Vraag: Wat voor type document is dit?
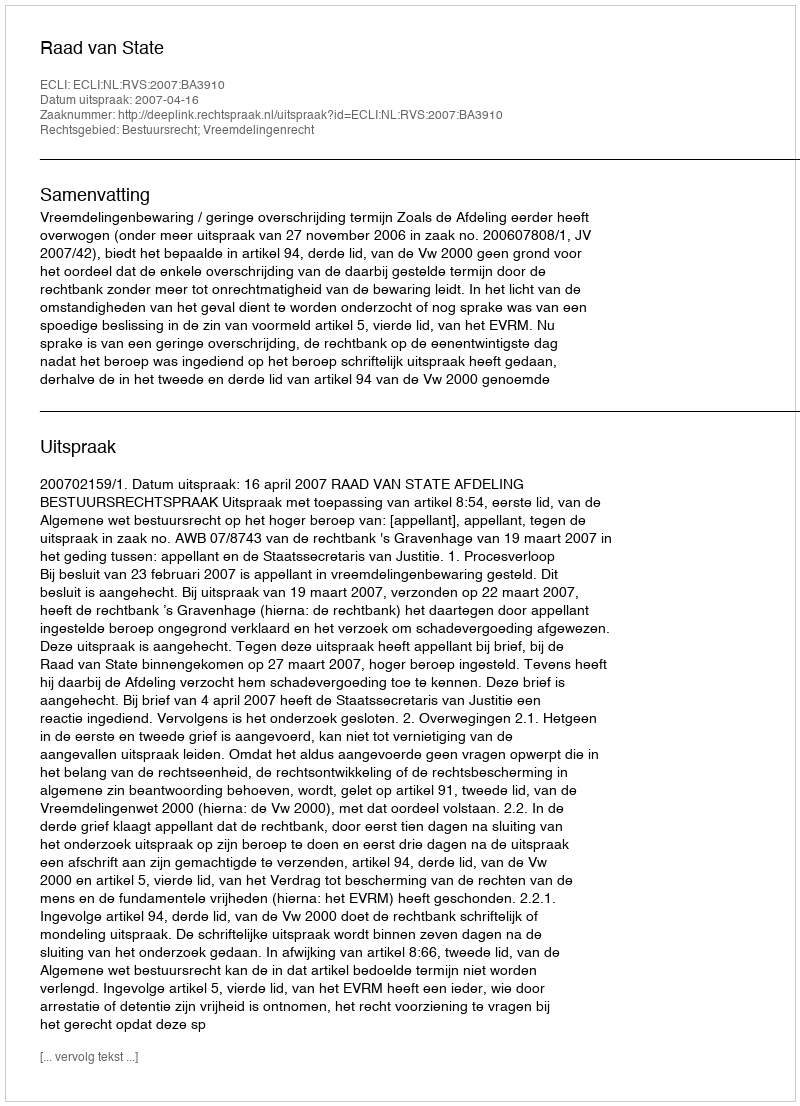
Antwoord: Uitspraak